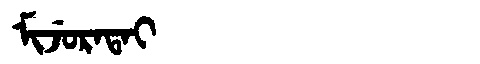
Manchu: ᠮᡳᠵᡠᡵᠠᡨᠠᡳ
Romanization: MIJURATAI